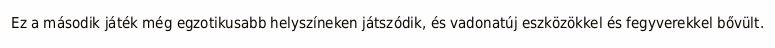
Ez a második játék még egzotikusabb helyszíneken játszódik, és vadonatúj eszközökkel és fegyverekkel bővült.